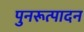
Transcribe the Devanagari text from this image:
पुनरूत्पादन